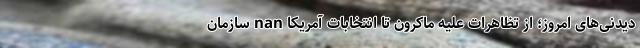
دیدنی‌های امروز؛ از تظاهرات علیه ماکرون تا انتخابات آمریکا nan سازمان